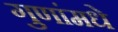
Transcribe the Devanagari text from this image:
गुणांमधे